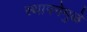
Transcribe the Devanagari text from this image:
स्थापनेमुळे